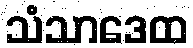
သံသာဒေထ